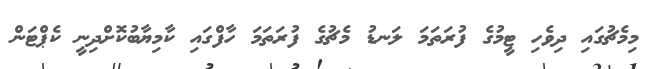
މިމެޗުގައި ދިވެހި ޓީމުގެ ފުރަތަމަ ލަނޑު މެޗުގެ ފުރަތަމަ ހާފްގައި ކާމިޔާބުކޮށްދިނީ ކެޕްޓަން